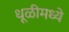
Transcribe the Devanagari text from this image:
धूळीमध्ये